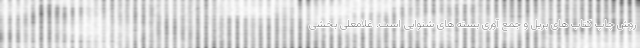
روش چاپ کتاب های بریل و جمع آوری بسته های شنوایی است. غلامعلی بخشی